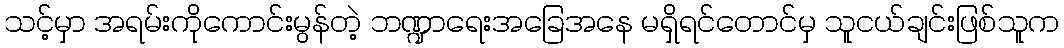
သင့်မှာ အရမ်းကိုကောင်းမွန်တဲ့ ဘဏ္ဍာရေးအခြေအနေ မရှိရင်တောင်မှ သူငယ်ချင်းဖြစ်သူက